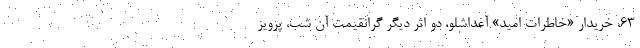
۶۳، خریدار «خاطرات امید» آغداشلو، دو اثر دیگر گرانقیمت آن شب، پرویز